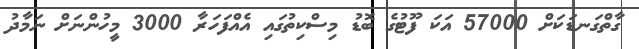
ގާތްގަނޑަކަށް 57000 އަކަ ފޫޓުގެ ބޮޑު މިސްކިތުގައި އެއްފަހަރާ 3000 މީހުންނަށް ނަމާދު